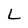
Character: L